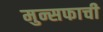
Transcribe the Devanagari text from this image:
मुन्सफाची